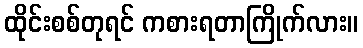
ထိုင်းစစ်တုရင် ကစားရတာကြိုက်လား။